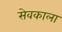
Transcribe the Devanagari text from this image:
सेवकाला